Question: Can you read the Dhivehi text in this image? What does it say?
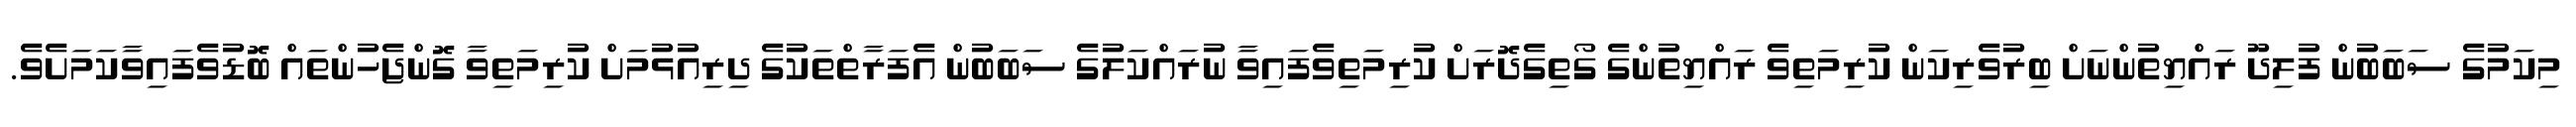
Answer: މިކަމުގެ ސަބަބުން ފުލިދޫ ރައްޔިތުންނަށް ބިރުވެރިކަން ކުރިމަތިވެ ރައްޔިތުންގެ ގޯތިގެދޮރަށް ކުރިމަތިވެފައިވާ ނުރައްކަލުގެ ސަބަބުން އެފަރާތްތަކުގެ ދިރިއުޅުމަށް ކުރިމަތިވާ ގޮންޖެހުންތައް ބޮޑުވެފައިވާކަމަށެވެ.